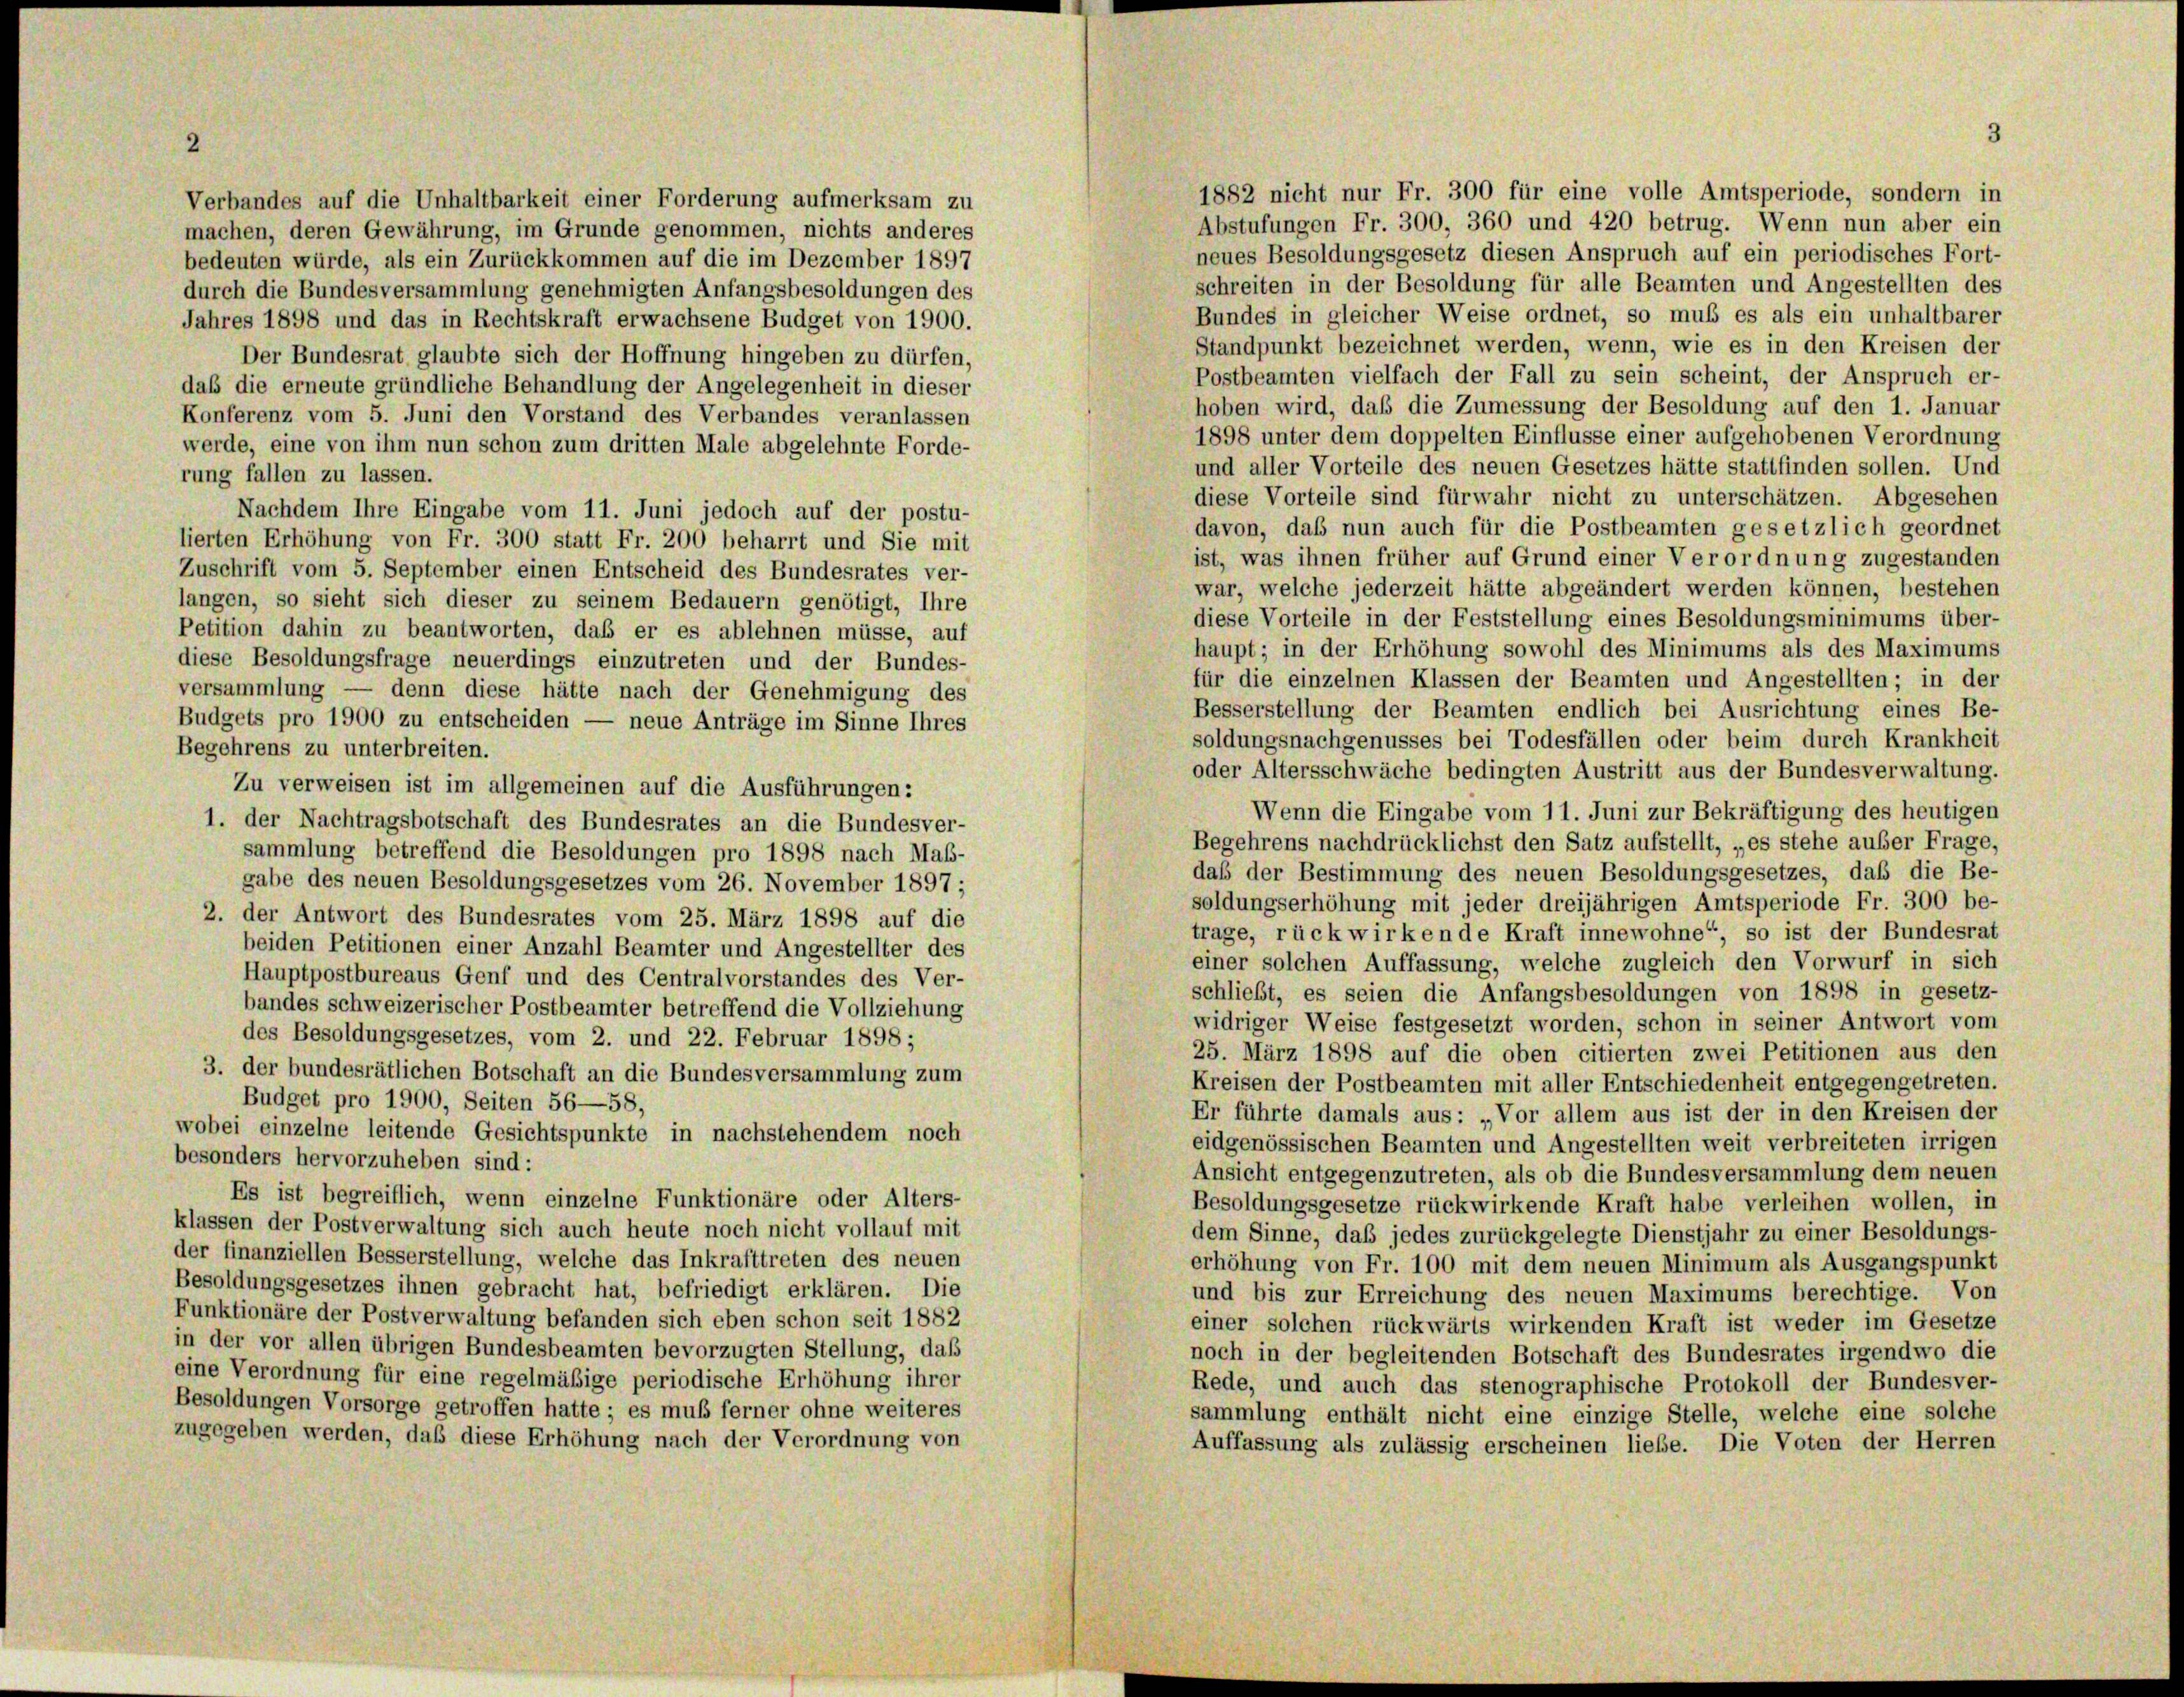
Jahres 1898 und das in Rechtskraft erwachsene Budget von 1900.
Der Bundesrat glaubte sich der Hoffnung hingeben zu dürfen,
daß die erneute gründliche Behandlung der Angelegenheit in dieser
hoben wird, daß die Zumessung der Besoldung auf den 1. Januar
Konferenz vom 5. Juni den Vorstand des Verbandes veranlassen
1898 unter dem doppelten Einflüsse einer aufgehobenen Verordnung
werde, eine von ihm nun schon zum dritten Male abgelehnte Forde-
und aller Vorteile des neuen Gesetzes hätte stattfinden sollen. Und
rung fallen zu lassen.
diese Vorteile sind fürwahr nicht zu unterschätzen. Abgesehen
Nachdem Ihre Eingabe vom 11. Juni jedoch auf der postu-
davon, daß nun auch für die Postbeamten gesetzlich geordnet
lierten Erhöhung von Fr. 300 statt Fr. 200 beharrt und Sie mit
ist, was ihnen früher auf Grund einer Verordnung zugestanden
Zuschrift vom 5. September einen Entscheid des Bundesrates ver-
war, welche jederzeit hätte abgeändert werden können, bestehen
langen, so sieht sich dieser zu seinem Bedauern genötigt, Ihre
diese Vorteile in der Feststellung eines Besoldungsminimums über-
Petition dahin zu beantworten, daß er es ablehnen müsse, auf
haupt; in der Erhöhung sowohl des Minimums als des Maximums
diese Besoldungsfrage neuerdings einzutreten und der Bundes-
für die einzelnen Klassen der Beamten und Angestellten; in der
versammlung — denn diese hätte nach der Genehmigung des
Besserstellung der Beamten endlich bei Ausrichtung eines Be-
Budgets pro 1900 zu entscheiden — neue Anträge im Sinne Ihres
soldungsnachgenusses bei Todesfällen oder beim durch Krankheit
Begehrens zu unterbreiten.
oder Altersschwäche bedingten Austritt aus der Bundesverwaltung.
Zu verweisen ist im allgemeinen auf die Ausführungen:
Wenn die Eingabe vom 11. Juni zur Bekräftigung des heutigen
1. der Nachtragsbotschaft des Bundesrates an die Bundesver-
Begehrens nachdrücklichst den Satz aufstellt, „es stehe auser Frage,
sammlung betreffend die Besoldungen pro 1898 nach Maß-
daß der Bestimmung des neuen Besoldungsgesetzes, daß die Be-
gabe des neuen Besoldungsgesetzes vom 26. November 1897 ;
soldungserhöhung mit jeder dreijährigen Amtsperiode Fr. 300 be-
2. der Antwort des Bundesrates vom 25. März 1898 auf die
trage, rückwirkende Kraft innewohne“, so ist der Bundesrat
beiden Petitionen einer Anzahl Beamter und Angestellter des
einer solchen Auffassung, welche zugleich den Vorwurf in sich
Hauptpostbureaus Genf und des Centralvorstandes des Ver-
schließt, es seien die Anfangsbesoldungen von 1898 in gesetz-
bandes schweizerischer Postbeamter betreffend die Vollziehung
widriger Weise festgesetzt worden, schon in seiner Antwort vom
des Besoldungsgesetzes, vom 2. und 22. Februar 1898;
25. März 1898 auf die oben citierten zwei Petitionen aus den
3. der bundesrätlichen Botschaft an die Bundesversammlung zum
Kreisen der Postbeamten mit aller Entschiedenheit entgegengetreten.
Budget pro 1900, Seiten 56—58,
Er führte damals aus: „Vor allem aus ist der in den Kreisen der
wobei einzelne leitende Gesichtspunkte in nachstehendem noch
eidgenössischen Beamten und Angestellten weit verbreiteten irrigen
besonders hervorzuheben sind:
Ansicht entgegenzutreten, als ob die Bundesversammlung dem neuen
Es ist begreiflich, wenn einzelne Funktionäre oder Alters-
Besoldungsgesetze rückwirkende Kraft habe verleihen wollen, in
klassen der Postverwaltung sich auch heute noch nicht vollauf mit
dem Sinne, daß jedes zurückgelegte Dienstjahr zu einer Besoldungs-
der finanziellen Besserstellung, welche das Inkrafttreten des neuen
erhöhung von Fr. 100 mit dem neuen Minimum als Ausgangspunkt
Besoldungsgesetzes ihnen gebracht hat, befriedigt erklären. Die
und bis zur Erreichung des neuen Maximums berechtige. Von
Funktionäre der Postverwaltung befanden sich eben schon seit 1882
einer solchen rückwärts wirkenden Kraft ist weder im Gesetze
in der vor allen übrigen Bundesbeamten bevorzugten Stellung, daß
noch in der begleitenden Botschaft des Bundesrates irgendwo die
eine Verordnung für eine regelmäßige periodische Erhöhung ihrer
Rede, und auch das stenographische Protokoll der Bundesver-
Besoldungen Vorsorge getroffen hatte; es muß ferner ohne weiteres
sammlung enthält nicht eine einzige Stelle, welche eine solche
zugegeben werden, daß diese Erhöhung nach der Verordnung von
Auffassung als zulässig erscheinen liebe. Die Voten der Herren

Verbandes auf die Unhaltbarkeit einer Forderung aufmerksam zu
machen, deren Gewährung, im Grunde genommen, nichts anderes
bedeuten würde, als ein Zurückkommen auf die im Dezember 1897
durch die Bundesversammlung genehmigten Anfangsbesoldungen des

1882 nicht nur Fr. 300 für eine volle Amtsperiode, sondern in
Abstufungen Fr. 300, 360 und 420 betrug. Wenn nun aber ein
neues Besoldungsgesetz diesen Anspruch auf ein periodisches Fort-
schreiten in der Besoldung für alle Beamten und Angestellten des
Bundes in gleicher Weise ordnet, so muß es als ein unhaltbarer
Standpunkt bezeichnet werden, wenn, wie es in den Kreisen der
Postbeamten vielfach der Fall zu sein scheint, der Anspruch er-